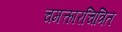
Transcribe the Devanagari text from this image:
चमत्कारचित्रित